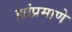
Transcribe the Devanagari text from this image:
ह्यांप्रमाणे